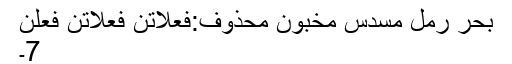
بحرِ رمل مسدس مخبون محذوف:فعلاتن فعلاتن فعلن
7۔